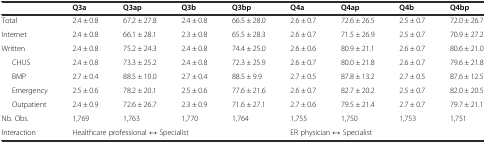
<table><thead><tr><td></td><td><b>Q3a</b></td><td><b>Q3ap</b></td><td><b>Q3b</b></td><td><b>Q3bp</b></td><td><b>Q4a</b></td><td><b>Q4ap</b></td><td><b>Q4b</b></td><td><b>Q4bp</b></td></tr></thead><tbody><tr><td>Total</td><td>2.4 ± 0.8</td><td>67.2 ± 27.8</td><td>2.4 ± 0.8</td><td>66.5 ± 28.0</td><td>2.6 ± 0.7</td><td>72.6 ± 26.5</td><td>2.5 ± 0.7</td><td>72.0 ± 26.7</td></tr><tr><td>Internet</td><td>2.4 ± 0.8</td><td>66.1 ± 28.1</td><td>2.3 ± 0.8</td><td>65.5 ± 28.3</td><td>2.6 ± 0.7</td><td>71.5 ± 26.9</td><td>2.5 ± 0.7</td><td>70.9 ± 27.2</td></tr><tr><td>Written</td><td>2.4 ± 0.8</td><td>75.2 ± 24.3</td><td>2.4 ± 0.8</td><td>74.4 ± 25.0</td><td>2.6 ± 0.6</td><td>80.9 ± 21.1</td><td>2.6 ± 0.7</td><td>80.6 ± 21.0</td></tr><tr><td>CHUS</td><td>2.4 ± 0.8</td><td>73.3 ± 25.2</td><td>2.4 ± 0.8</td><td>72.3 ± 25.9</td><td>2.6 ± 0.7</td><td>80.0 ± 21.8</td><td>2.6 ± 0.7</td><td>79.6 ± 21.8</td></tr><tr><td>BMP</td><td>2.7 ± 0.4</td><td>88.5 ± 10.0</td><td>2.7 ± 0.4</td><td>88.5 ± 9.9</td><td>2.7 ± 0.5</td><td>87.8 ± 13.2</td><td>2.7 ± 0.5</td><td>87.6 ± 12.5</td></tr><tr><td>Emergency</td><td>2.5 ± 0.6</td><td>78.2 ± 20.1</td><td>2.5 ± 0.6</td><td>77.6 ± 21.6</td><td>2.6 ± 0.7</td><td>82.7 ± 20.2</td><td>2.5 ± 0.7</td><td>82.0 ± 20.5</td></tr><tr><td>Outpatient</td><td>2.4 ± 0.9</td><td>72.6 ± 26.7</td><td>2.3 ± 0.9</td><td>71.6 ± 27.1</td><td>2.7 ± 0.6</td><td>79.5 ± 21.4</td><td>2.7 ± 0.7</td><td>79.7 ± 21.1</td></tr><tr><td>Nb. Obs.</td><td>1,769</td><td>1,763</td><td>1,770</td><td>1,764</td><td>1,755</td><td>1,750</td><td>1,753</td><td>1,751</td></tr><tr><td>Interaction</td><td colspan="4">Healthcare professional ↔ Specialist</td><td colspan="4">ER physician ↔ Specialist</td></tr></tbody></table>